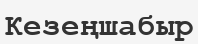
Кезеңшабыр